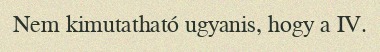
Nem kimutatható ugyanis, hogy a IV.